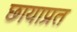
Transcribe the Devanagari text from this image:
छायाप्रत